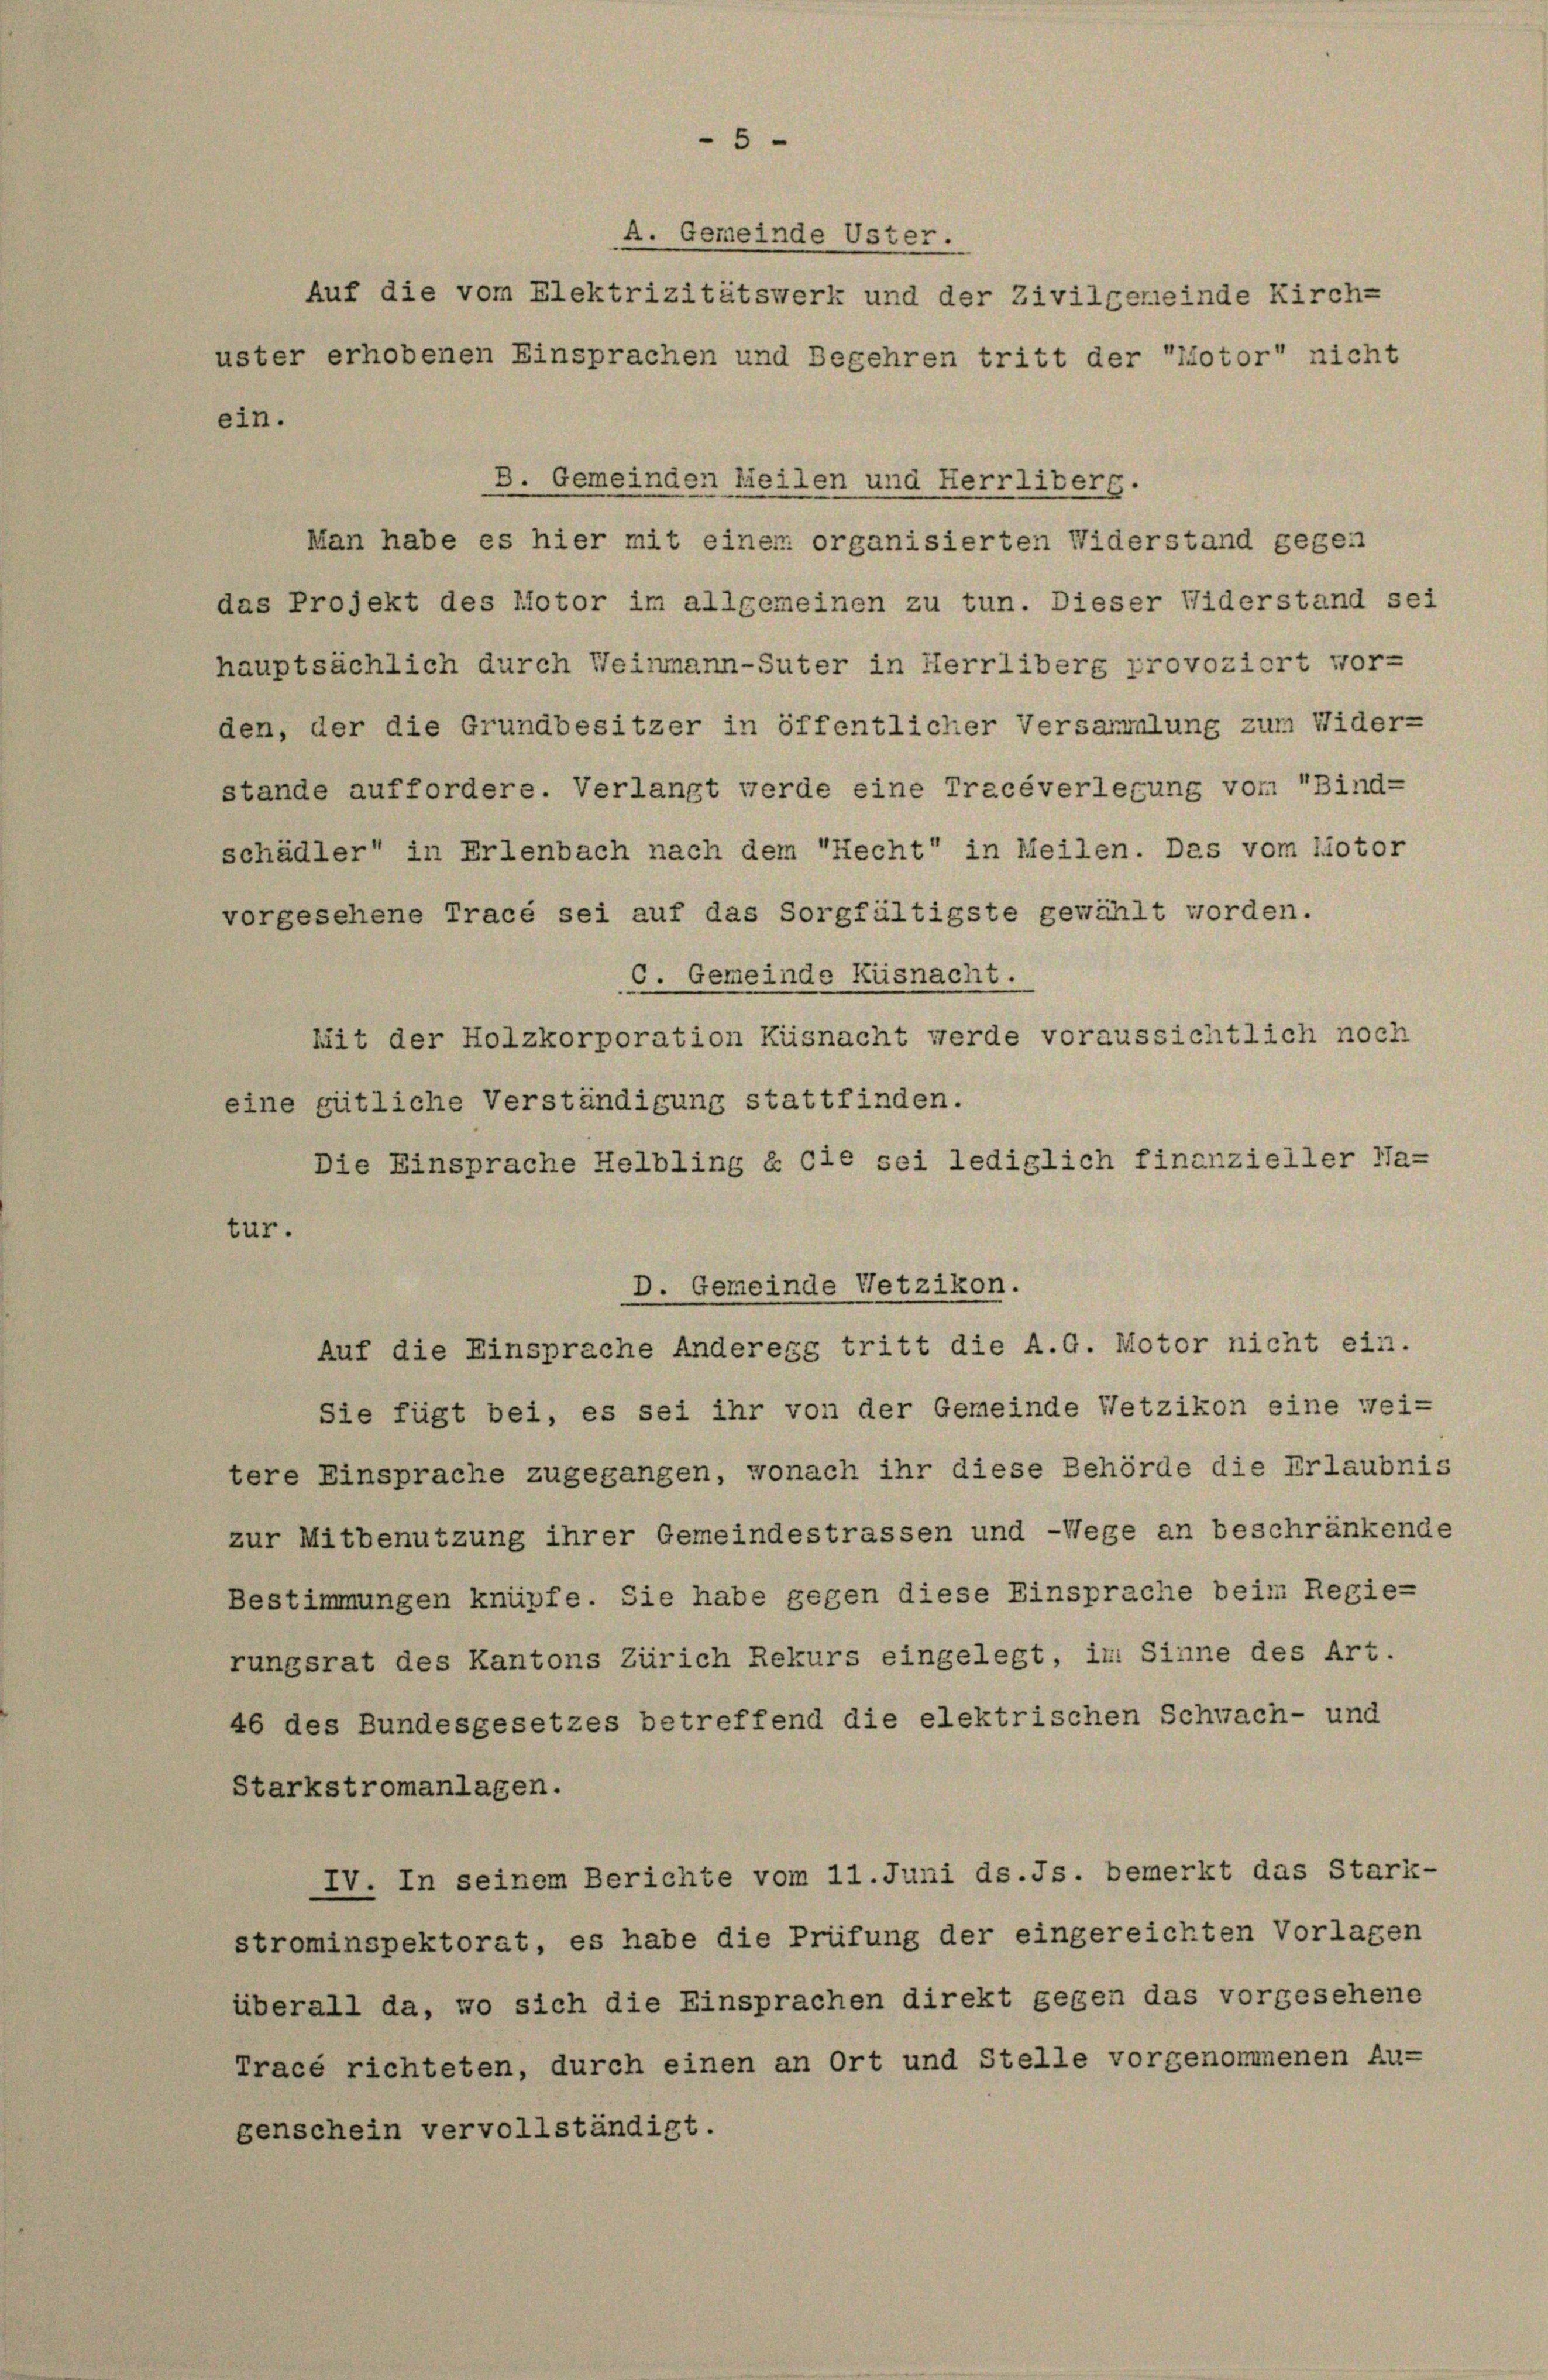
Auf die vom Elektrizitätswerk und der Zivilgemeinde Kirch-
uster erhobenen Einsprachen und Begehren tritt der "Motor nicht
ein.
B. Gemeinden Meilen und Herrliberg.
Man habe es hier mit einem organisierten Widerstand gegen
das Projekt des Motor im allgemeinen zu tun. Dieser Widerstand sei
hauptsächlich durch Weinmann-Suter in Herrliberg provoziert wor-
den, der die Grundbesitzer in öffentlicher Versammlung zum Wider-
stände auffordere. Verlangt werde eine Tracéverlegung vom Bind-
schädler“ in Erlenbach nach dem Recht in Meilen. Das vom liotor
vorgesehene Tracé sei auf das Sorgfältigste gewählt worden.
C. Gemeinde Küsnacht.
Mit der Holzkorporation Küsnacht werde voraussichtlich noch
eine gütliche Verständigung stattfinden.
Die Einsprache Helbling & Cie sei lediglich finanzieller Na-
tur.
D. Gemeinde Wetzikon.
Auf die Einsprache Anderegg tritt die A.G. Motor nicht ein.
Sie fügt bei, es sei ihr von der Gemeinde Wetzikon eine wei-
tere Einsprache zugegangen, wonach ihr diese Behörde die Erlaubnis
zur Mitbenutzung ihrer Gemeindestrassen und -Wege an beschränkende
Bestimmungen knüpfe. Sie habe gegen diese Einsprache beim Regie-
rungsrat des Kantons Zürich Rekurs eingelegt, in Sinne des Art.
46 des Bundesgesetzes betreffend die elektrischen Schwach- und
Starkstromanlagen.
IV. In seinem Berichte vom 11. Juni ds. Js. bemerkt das Stark-
strominspektorat, es habe die Prüfung der eingereichten Vorlagen
überall da, wo sich die Einsprachen direkt gegen das vorgesehene
Tracé richteten, durch einen an Ort und Stelle vorgenommenen Au-
genschein vervollständigt.

A. Gemeinde Uster.